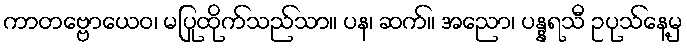
ကာတဗ္ဗောယေဝ၊ မပြုထိုက်သည်သာ။ ပန၊ ဆက်။ အညော၊ ပန္နရသီ ဥပုသ်နေ့မှ